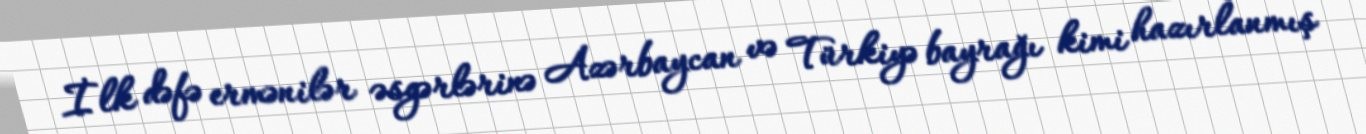
İlk dəfə ermənilər əsgərlərinə Azərbaycan və Türkiyə bayrağı kimi hazırlanmış